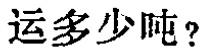
运多少吨？